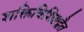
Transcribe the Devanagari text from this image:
शक्तिविशिष्टद्वैत